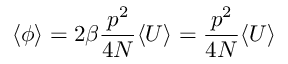
\langle \phi \rangle = 2 \beta \frac { p ^ { 2 } } { 4 N } \langle U \rangle = \frac { p ^ { 2 } } { 4 N } \langle U \rangle